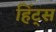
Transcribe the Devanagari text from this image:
हिंट्स